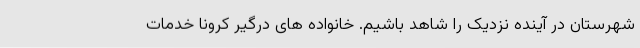
شهرستان در آینده نزدیک را شاهد باشیم. خانواده های درگیر کرونا خدمات